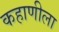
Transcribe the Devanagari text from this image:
कहाणीला